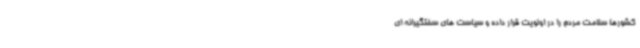
کشورها سلامت مردم را در اولویت قرار داده و سیاست های سختگیرانه ای